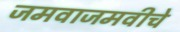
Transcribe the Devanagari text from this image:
जमवाजमवीचे